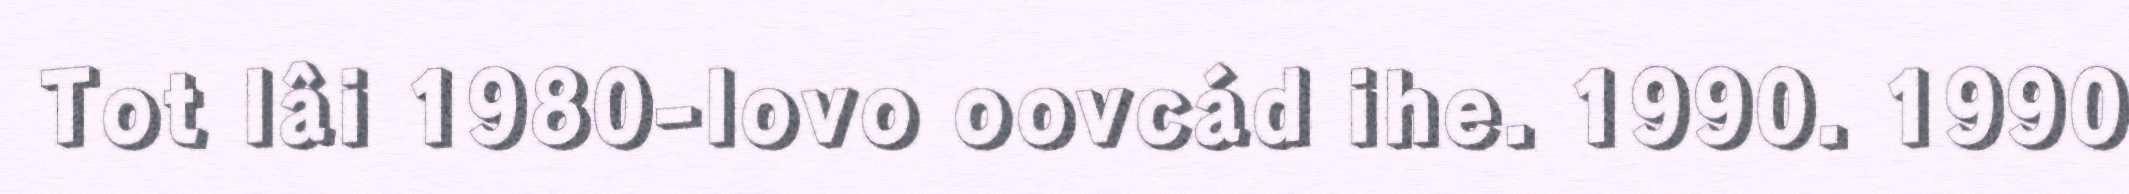
Tot lâi 1980-lovo oovcád ihe. 1990. 1990